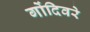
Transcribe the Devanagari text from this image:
गोंदिवरे